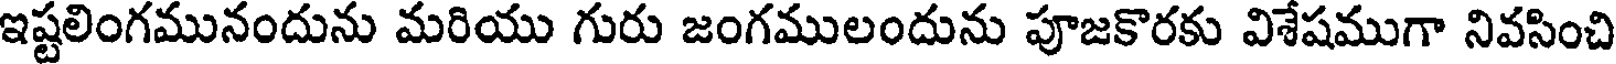
ఇష్టలింగమునందును మరియు గురు జంగములందును పూజకొరకు విశేషముగా నివసించి